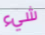
شيء